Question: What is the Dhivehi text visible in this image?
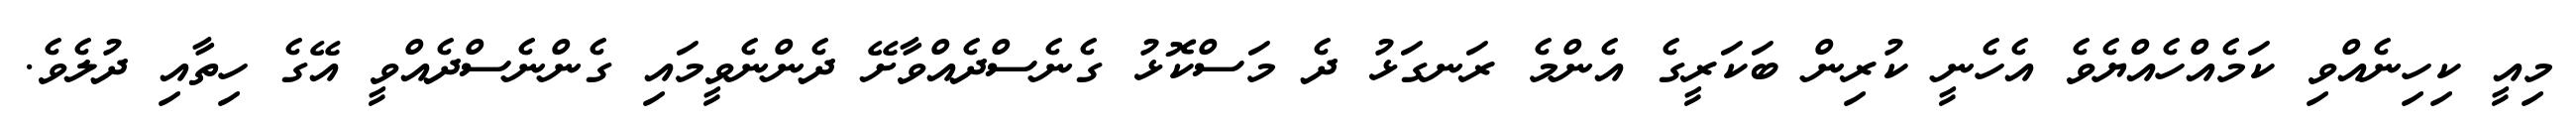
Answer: މިއީ ކިހިނެއްވި ކަމެއްހެއްޔެވެ އެހެނީ ކުރިން ބަކަރީގެ އެންމެ ރަނގަޅު ދެ މަސްކޮޅު ގެނެސްދެއްވާށޭ ދެންނެވީމައި ގެންނެސްދެއްވީ އޭގެ ހިތާއި ދުލެވެ.